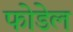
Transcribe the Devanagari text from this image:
फोडेल